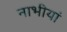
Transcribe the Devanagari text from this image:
नाभीयां